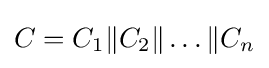
C=C_{1}\|C_{2}\|\dots \|C_{n}